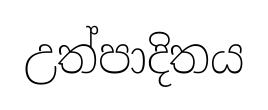
උත්පාදිතය